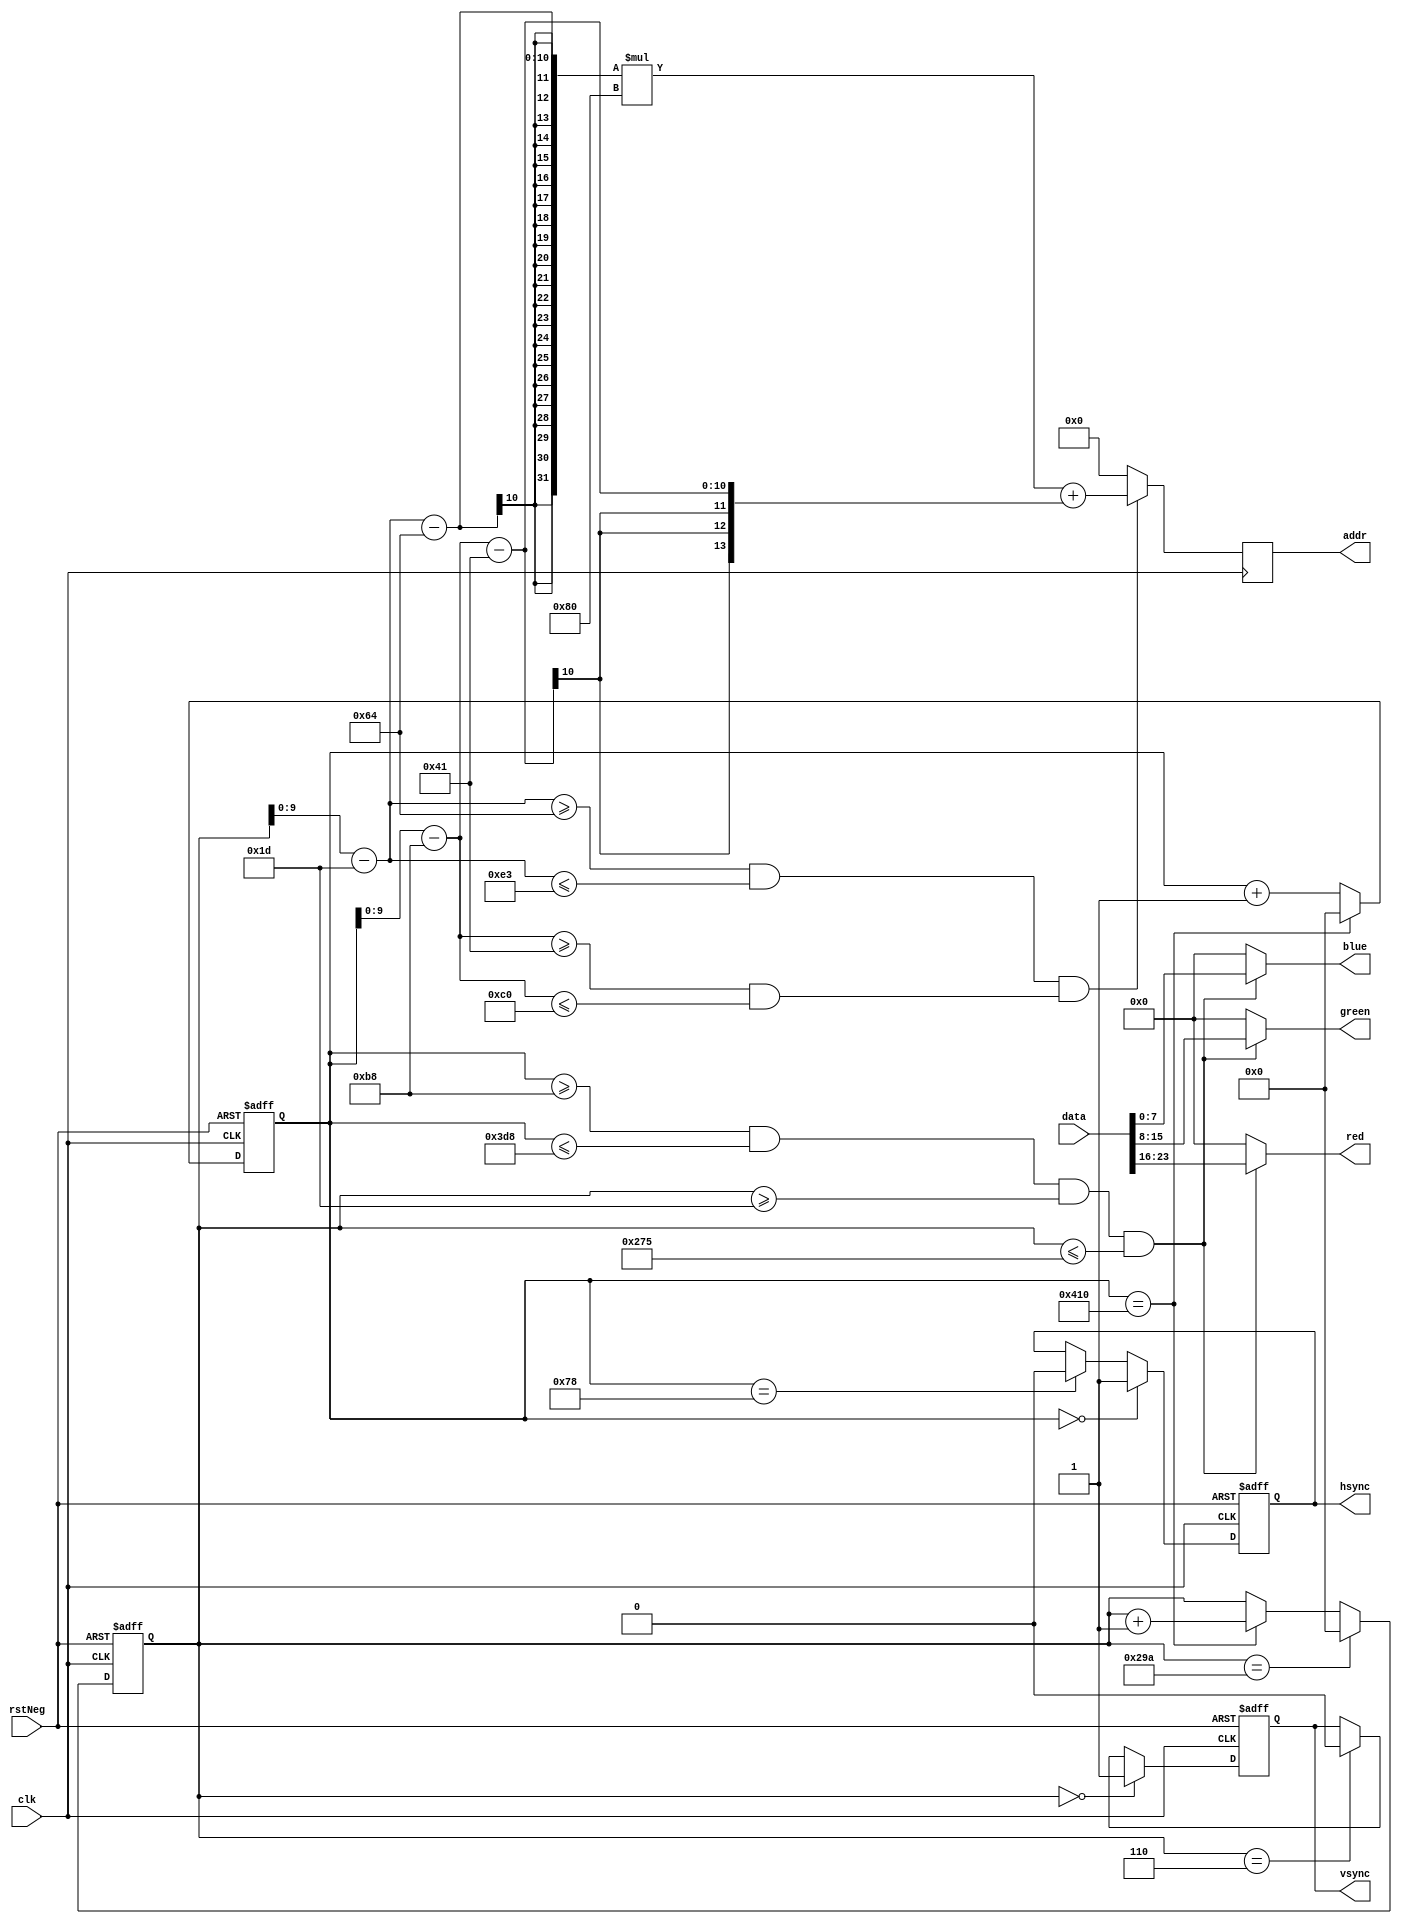
`timescale 1ns / 1ps
//////////////////////////////////////////////////////////////////////////////////
// Company: 
// Engineer: 
// 
// Design Name: 
// Module Name:    vga_controller 
// Project Name: 
// Target Devices: 
// Tool versions: 
// Description: 
//
// Dependencies: 
//
// Revision: 
// Revision 0.01 - File Created
// Additional Comments: 
//
//////////////////////////////////////////////////////////////////////////////////
module vga_controller(
    input clk,
    input rstNeg,
    input [23:0] data,
    output reg hsync,
    output reg vsync,
    output [7:0] red,
    output [7:0] green,
    output [7:0] blue,
    output reg[13:0] addr
    );
	reg [10:0] x_cnt;
	reg [10:0] y_cnt;
	
	parameter LinePeriod = 12'd1040 ;    
	parameter H_SyncPulse = 10'd120 ;
	parameter H_BackEdge  = 10'd64 ;
	parameter H_FrontEdge = 10'd56 ;
	parameter H_ActivePix = 10'd800 ;
	parameter FramePeriod = 10'd666;
	parameter V_SyncPulse = 10'd6;
	parameter V_BackEdge  = 10'd23;
	parameter V_FrontEdge = 10'd37;
	parameter V_ActiveLine = 10'd600;
	parameter H_BlankPeriod = H_SyncPulse + H_BackEdge;
	parameter V_BlankPeriod = V_SyncPulse + V_BackEdge;
	parameter H_EndActive = LinePeriod - H_FrontEdge;
	parameter V_EndActive = FramePeriod - V_FrontEdge;
	
	//
   always @ (posedge clk or negedge rstNeg)
   begin
       if(!rstNeg) x_cnt <= 0;
       else if (x_cnt == LinePeriod) x_cnt <= 0;
       else x_cnt <= x_cnt + 1;
   end
	
	//B
   always @ (posedge clk or negedge rstNeg)
   begin
       if(!rstNeg) hsync <= 0;
       else if(x_cnt == 0) hsync <= 1;
       else if(x_cnt == H_SyncPulse) hsync <= 0;
   end

	//
   always @ (posedge clk or negedge rstNeg)
   begin
       if(!rstNeg) y_cnt <= 0;
       else if (y_cnt == FramePeriod) y_cnt <= 0;
       else if (x_cnt == LinePeriod) y_cnt <= y_cnt + 1;
   end
	
	//A
   always @ (posedge clk or negedge rstNeg)
   begin
       if(!rstNeg) vsync <= 0;
       else if(y_cnt == 0) vsync <= 1;
       else if(y_cnt == V_SyncPulse) vsync <= 0;
   end
	
	//
	wire valid;
	assign valid = (x_cnt >= H_BlankPeriod) && (x_cnt <= H_EndActive) &&
	               (y_cnt >= V_BlankPeriod) && (y_cnt <= V_EndActive);
						
	//
	wire[9:0] xpos;
	wire[9:0] ypos;
	assign xpos = x_cnt - H_BlankPeriod;
	assign ypos = y_cnt - V_BlankPeriod;
   
	
	//-                 
   always @ (posedge clk)
   begin
       if((ypos >= 9'd100 && ypos <= 9'd227) && (xpos >= 10'd65 && xpos <= 10'd192))
            addr <= (ypos - 100)*128 + (xpos - 65);
       else addr <= 0;
   end 
	
	//-
   assign blue = valid?(data[7:0]):8'b0;
   assign green = valid?(data[15:8]):8'b0;
   assign red = valid?(data[23:16]):8'b0;
		 
endmodule